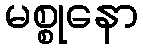
မစ္စုနော